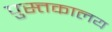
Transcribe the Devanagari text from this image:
पुस्त्तकालय